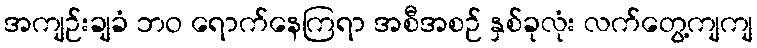
အကျဉ်းချခံ ဘဝ ရောက်နေကြရာ အစီအစဉ် နှစ်ခုလုံး လက်တွေ့ကျကျ